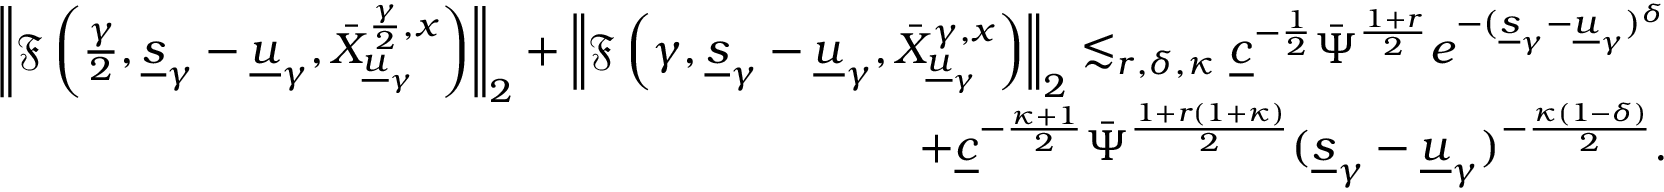
\begin{array} { r l } { \left\| \mathfrak { F } \left( \frac { \gamma } { 2 } , \underline { { s } } _ { \gamma } - \underline { { u } } _ { \gamma } , \bar { X } _ { \underline { { u } } _ { \gamma } } ^ { \frac { \gamma } { 2 } , x } \right) \right\| _ { 2 } + \left\| \mathfrak { F } \left( { \gamma } , \underline { { s } } _ { \gamma } - \underline { { u } } _ { \gamma } , \bar { X } _ { \underline { { u } } _ { \gamma } } ^ { \gamma , x } \right) \right\| _ { 2 } \lesssim _ { r , \delta , \kappa } \underline { { c } } ^ { - \frac { 1 } { 2 } } \bar { \Psi } ^ { \frac { 1 + r } { 2 } } e ^ { - ( \underline { { s } } _ { \gamma } - \underline { { u } } _ { \gamma } ) ^ { \delta } } } & { } \\ { + \underline { { c } } ^ { - \frac { \kappa + 1 } { 2 } } \bar { \Psi } ^ { \frac { 1 + r ( 1 + \kappa ) } { 2 } } ( \underline { { s } } _ { \gamma } - \underline { { u } } _ { \gamma } ) ^ { - \frac { \kappa ( 1 - \delta ) } { 2 } } . } \end{array}